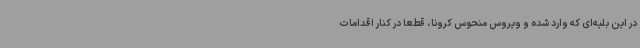
در این بلیه‌ای که وارد شده و ویروس منحوس کرونا، قطعا در کنار اقدامات